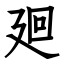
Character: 廻